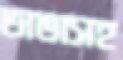
ভাঙাসহ